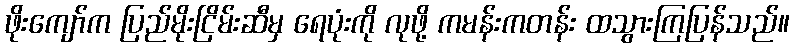
ဖိုးကျော်က ပြည်မိုးငြိမ်းဆီမှ ရေပုံးကို လုဖို့ ကမန်းကတန်း ထသွားကြပြန်သည်။